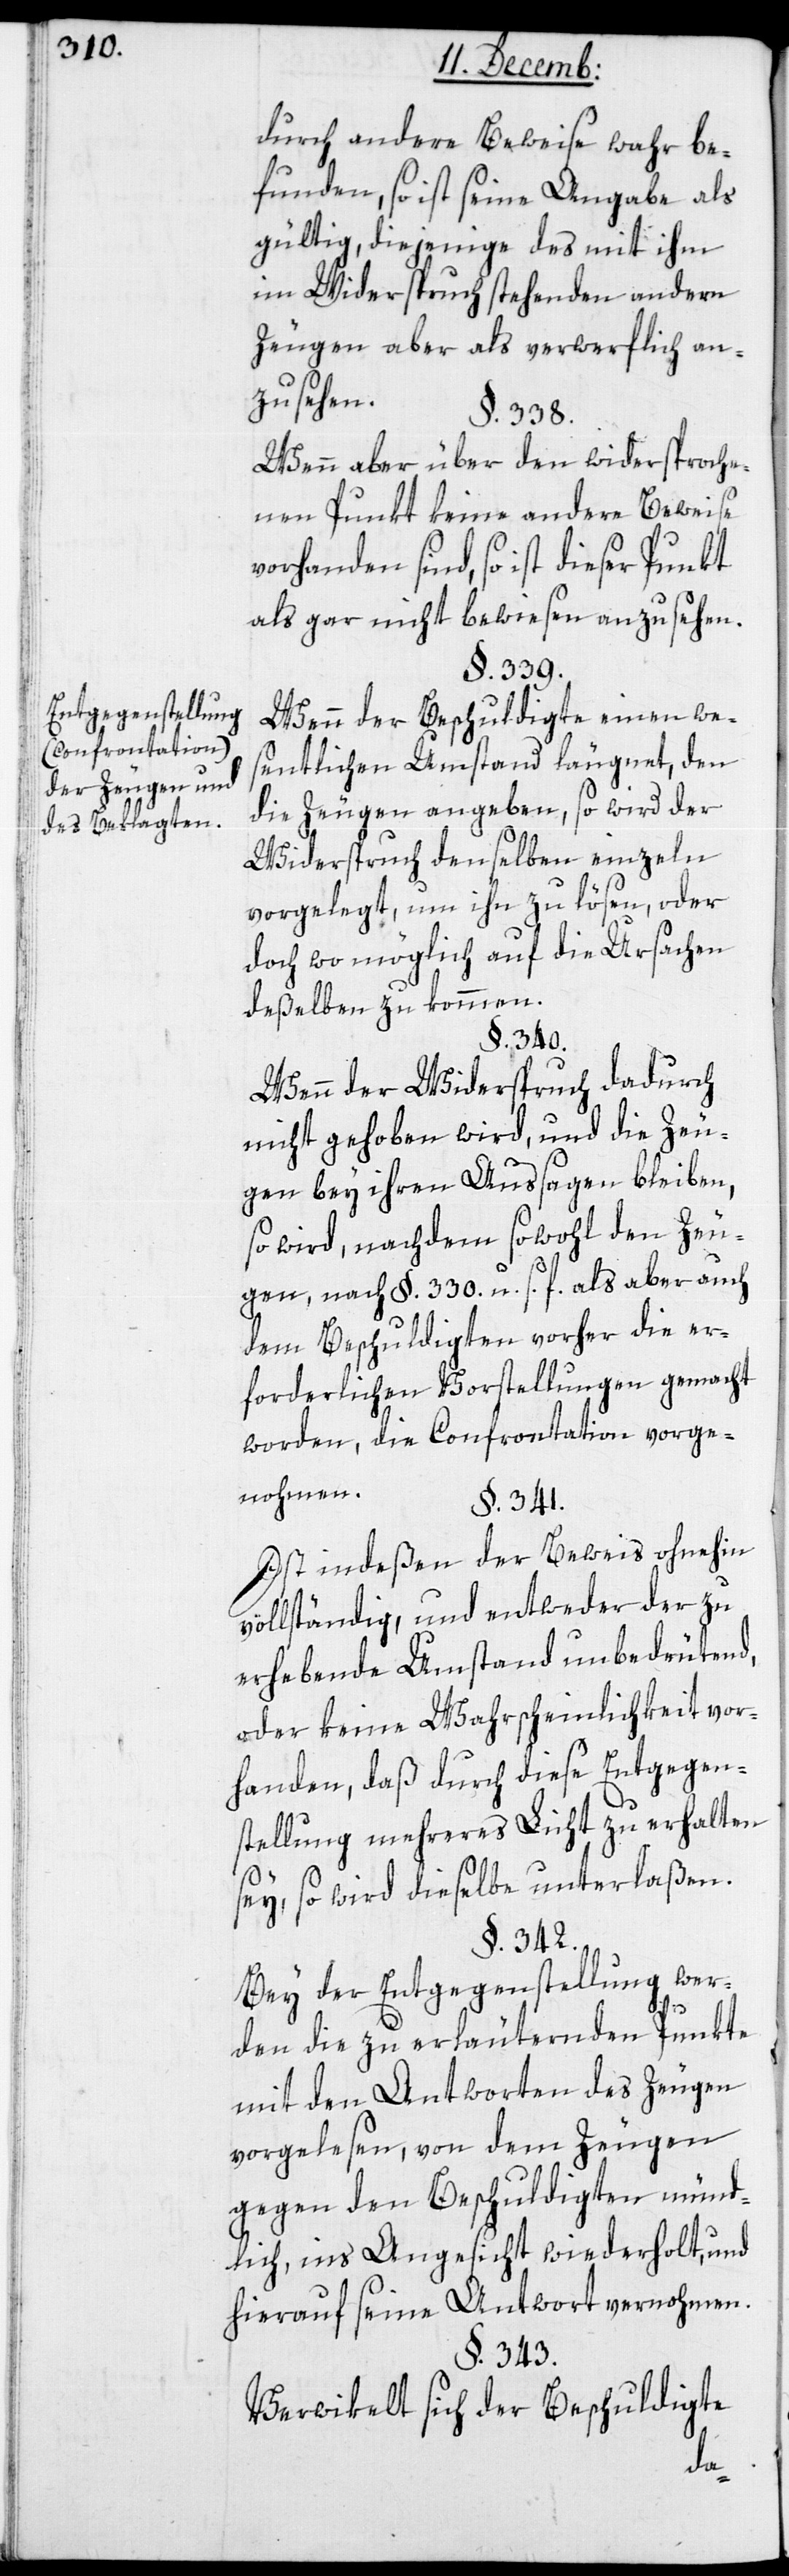
Entgegenstellung
(Confrontation)
der Zeugen und
des Beklagten.

durch andere Beweise wahr be¬
funden, so ist seine Angabe als
gültig, diejenige des mit ihm
im Widerspruch stehenden andern
Zeugen aber als verwerflich an¬
zusehen.
§. 338.
Wenn aber über den widersproche¬
nen Punkt keine andere Beweise
vorhanden sind, so ist dieser Punkt
als gar nicht bewiesen anzusehen.
§. 339.
Wenn der Beschuldigte einen we¬
sentlichen Umstand läugnet, den
die Zeugen angeben, so wird der
Widerspruch denselben einzeln
vorgelegt, um ihn zu lösen, oder
doch wo möglich auf die Ursachen
deßelben zu kommen.
§. 340.
Wenn der Widerspruch dadurch
nicht gehoben wird, und die Zeu¬
gen bey ihren Außagen bleiben,
so wird, nachdem sowohl den Zeu¬
gen, nach §. 330. u. s. f., als aber auch
dem Beschuldigten vorher die er¬
forderlichen Vorstellungen gemacht
worden, die Confrontation vorge¬
nohmen.
§. 341.
Ist indeßen der Beweis ohnehin
vollständig, und entweder der zu
erhebende Umstand unbedeutend,
oder keine Wahrscheinlichkeit vor¬
handen, daß durch diese Entgegen¬
stellung mehreres Licht zu erhalten
sey, so wird dieselbe unterlaßen.
§. 342.
Bey der Entgegenstellung wer¬
den die zu erläuternden Punkte
mit den Antworten des Zeugen
vorgelesen, von dem Zeugen
gegen den Beschuldigten münd¬
lich, ins Angesicht wiederholt, und
hierauf seine Antwort vernohmen.
§. 343.
Verwikelt sich der Beschuldigte